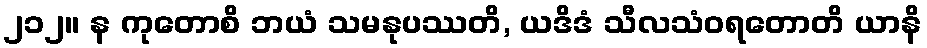
၂၁၂။ န ကုတောစိ ဘယံ သမနုပဿတိ, ယဒိဒံ သီလသံဝရတောတိ ယာနိ